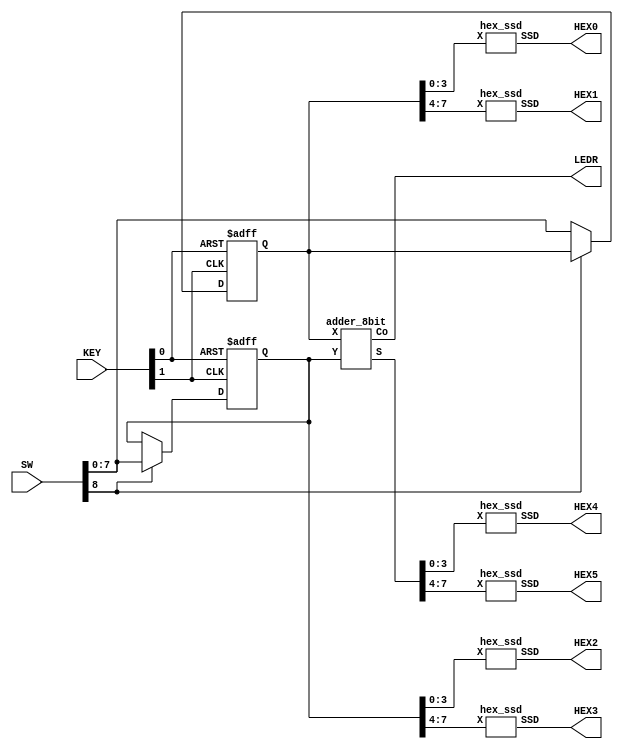
module part5(SW,KEY,HEX5,HEX4,HEX3,HEX2,HEX1,HEX0,LEDR);
input [1:0] KEY;
input [8:0]SW;
output[6:0] HEX5,HEX4,HEX3,HEX2,HEX1,HEX0;
output [0:0] LEDR;

reg [7:0] A;
reg [7:0] B;

wire [7:0] S;
wire C0;
 
always@(posedge KEY[1] or posedge KEY[0])
begin
if (KEY[0] == 1'b1) begin
A[7:0] = 8'b0;
B[7:0] = 8'b0;
end
else begin
if(~SW[8])
begin
A = SW[7:0];
end
else
begin
B = SW[7:0];
end
end
end

adder_8bit A0(A[7:0],B[7:0],S,C0);

hex_ssd H1(A[7:4],HEX1);
hex_ssd H0(A[3:0],HEX0);
hex_ssd H3(B[7:4],HEX3);
hex_ssd H2(B[3:0],HEX2);
hex_ssd H5(S[7:4],HEX5);
hex_ssd H4(S[3:0],HEX4);

assign LEDR[0] = C0;

endmodule

module hex_ssd (X, SSD);
  input [3:0] X;
  output [6:0] SSD;

  assign SSD[0] = (~X[3] &  X[2] & ~X[1] & ~X[0]) | (~X[3] &  ~X[2] & ~X[1] & X[0]) ;
  assign SSD[1] = (~X[3] & X[2] & ~X[1] & X[0]) | (~X[3] & X[2] & X[1] & ~X[0]) | (X[3] & X[2] & ~X[1] & ~X[0]) | (X[3] & X[2] & X[1] & ~X[0]) | (X[3] & X[2] & X[1] & X[0]);
  assign SSD[2] =  (~X[3] & ~X[2] &  X[1] & ~X[0]) | (X[3] & X[2] & ~X[1] & ~X[0]) | (X[3] & X[2] & X[1] & ~X[0]) | (X[3] & X[2] & X[1] & X[0]);
  assign SSD[3] = (~X[3] & ~X[2] & ~X[1] &  X[0]) | (~X[3] &  X[2] & ~X[1] & ~X[0]) | (~X[3] &  X[2] & X[1] & X[0]) | (X[3] & ~X[2] & ~X[1] & X[0]) | (X[3] &  ~X[2] & X[1] & ~X[0]) | (X[3] & X[2] & X[1] & X[0]);
  assign SSD[4] = (X[3] & ~X[2] & ~X[1] &  X[0]) | (~X[3] & X[2] & X[1] &  X[0]) | (~X[3] & ~X[2] & ~X[1] &  X[0]) | (~X[3] & ~X[2] & X[1] & X[0]) | (~X[3] &  X[2] & ~X[1] & ~X[0]) | (~X[3] &  X[2] & ~X[1] & X[0]);
  assign SSD[5] = (~X[3] & ~X[2] & ~X[1] &  X[0]) | (~X[3] & ~X[2] &  X[1] & ~X[0]) | (~X[3] & ~X[2] & X[1] & X[0]) | (~X[3] & X[2] & X[1] & X[0]);
  assign SSD[6] = (~X[3] & ~X[2] & ~X[1] &  X[0]) | (~X[3] & ~X[2] & ~X[1] & ~X[0]) | (~X[3] &  X[2] & X[1] & X[0]) | (X[3] & X[2] & ~X[1] & ~X[0]) | (X[3] & X[2] & ~X[1] & X[0]);
endmodule

module fulladder(X, Y, Ci, S, Co);
  input X, Y, Ci;
  output S, Co;
  wire w1,w2,w3;

  xor G1(w1, X, Y);
  xor G2(S, w1, Ci);
  and G3(w2, w1, Ci);
  and G4(w3, X, Y);
  or G5(Co, w2, w3);
endmodule

module adder_8bit(X, Y, S, Co);
 input [7:0] X, Y;
 output [7:0] S;
 output Co;
 wire w1, w2, w3, w4, w5, w6, w7;

 fulladder u1(X[0], Y[0], 1'b0, S[0], w1);
 fulladder u2(X[1], Y[1], w1, S[1], w2);
 fulladder u3(X[2], Y[2], w2, S[2], w3);
 fulladder u4(X[3], Y[3], w3, S[3], w4);
 fulladder u5(X[4], Y[4], w4, S[4], w5);
 fulladder u6(X[5], Y[5], w5, S[5], w6);
 fulladder u7(X[6], Y[6], w6, S[6], w7);
 fulladder u8(X[7], Y[7], w7, S[7], Co);
endmodule